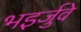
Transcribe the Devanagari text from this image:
भइर्जुवे